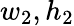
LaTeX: w_{2},h_{2}